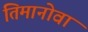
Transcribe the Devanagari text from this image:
तिमानोवा